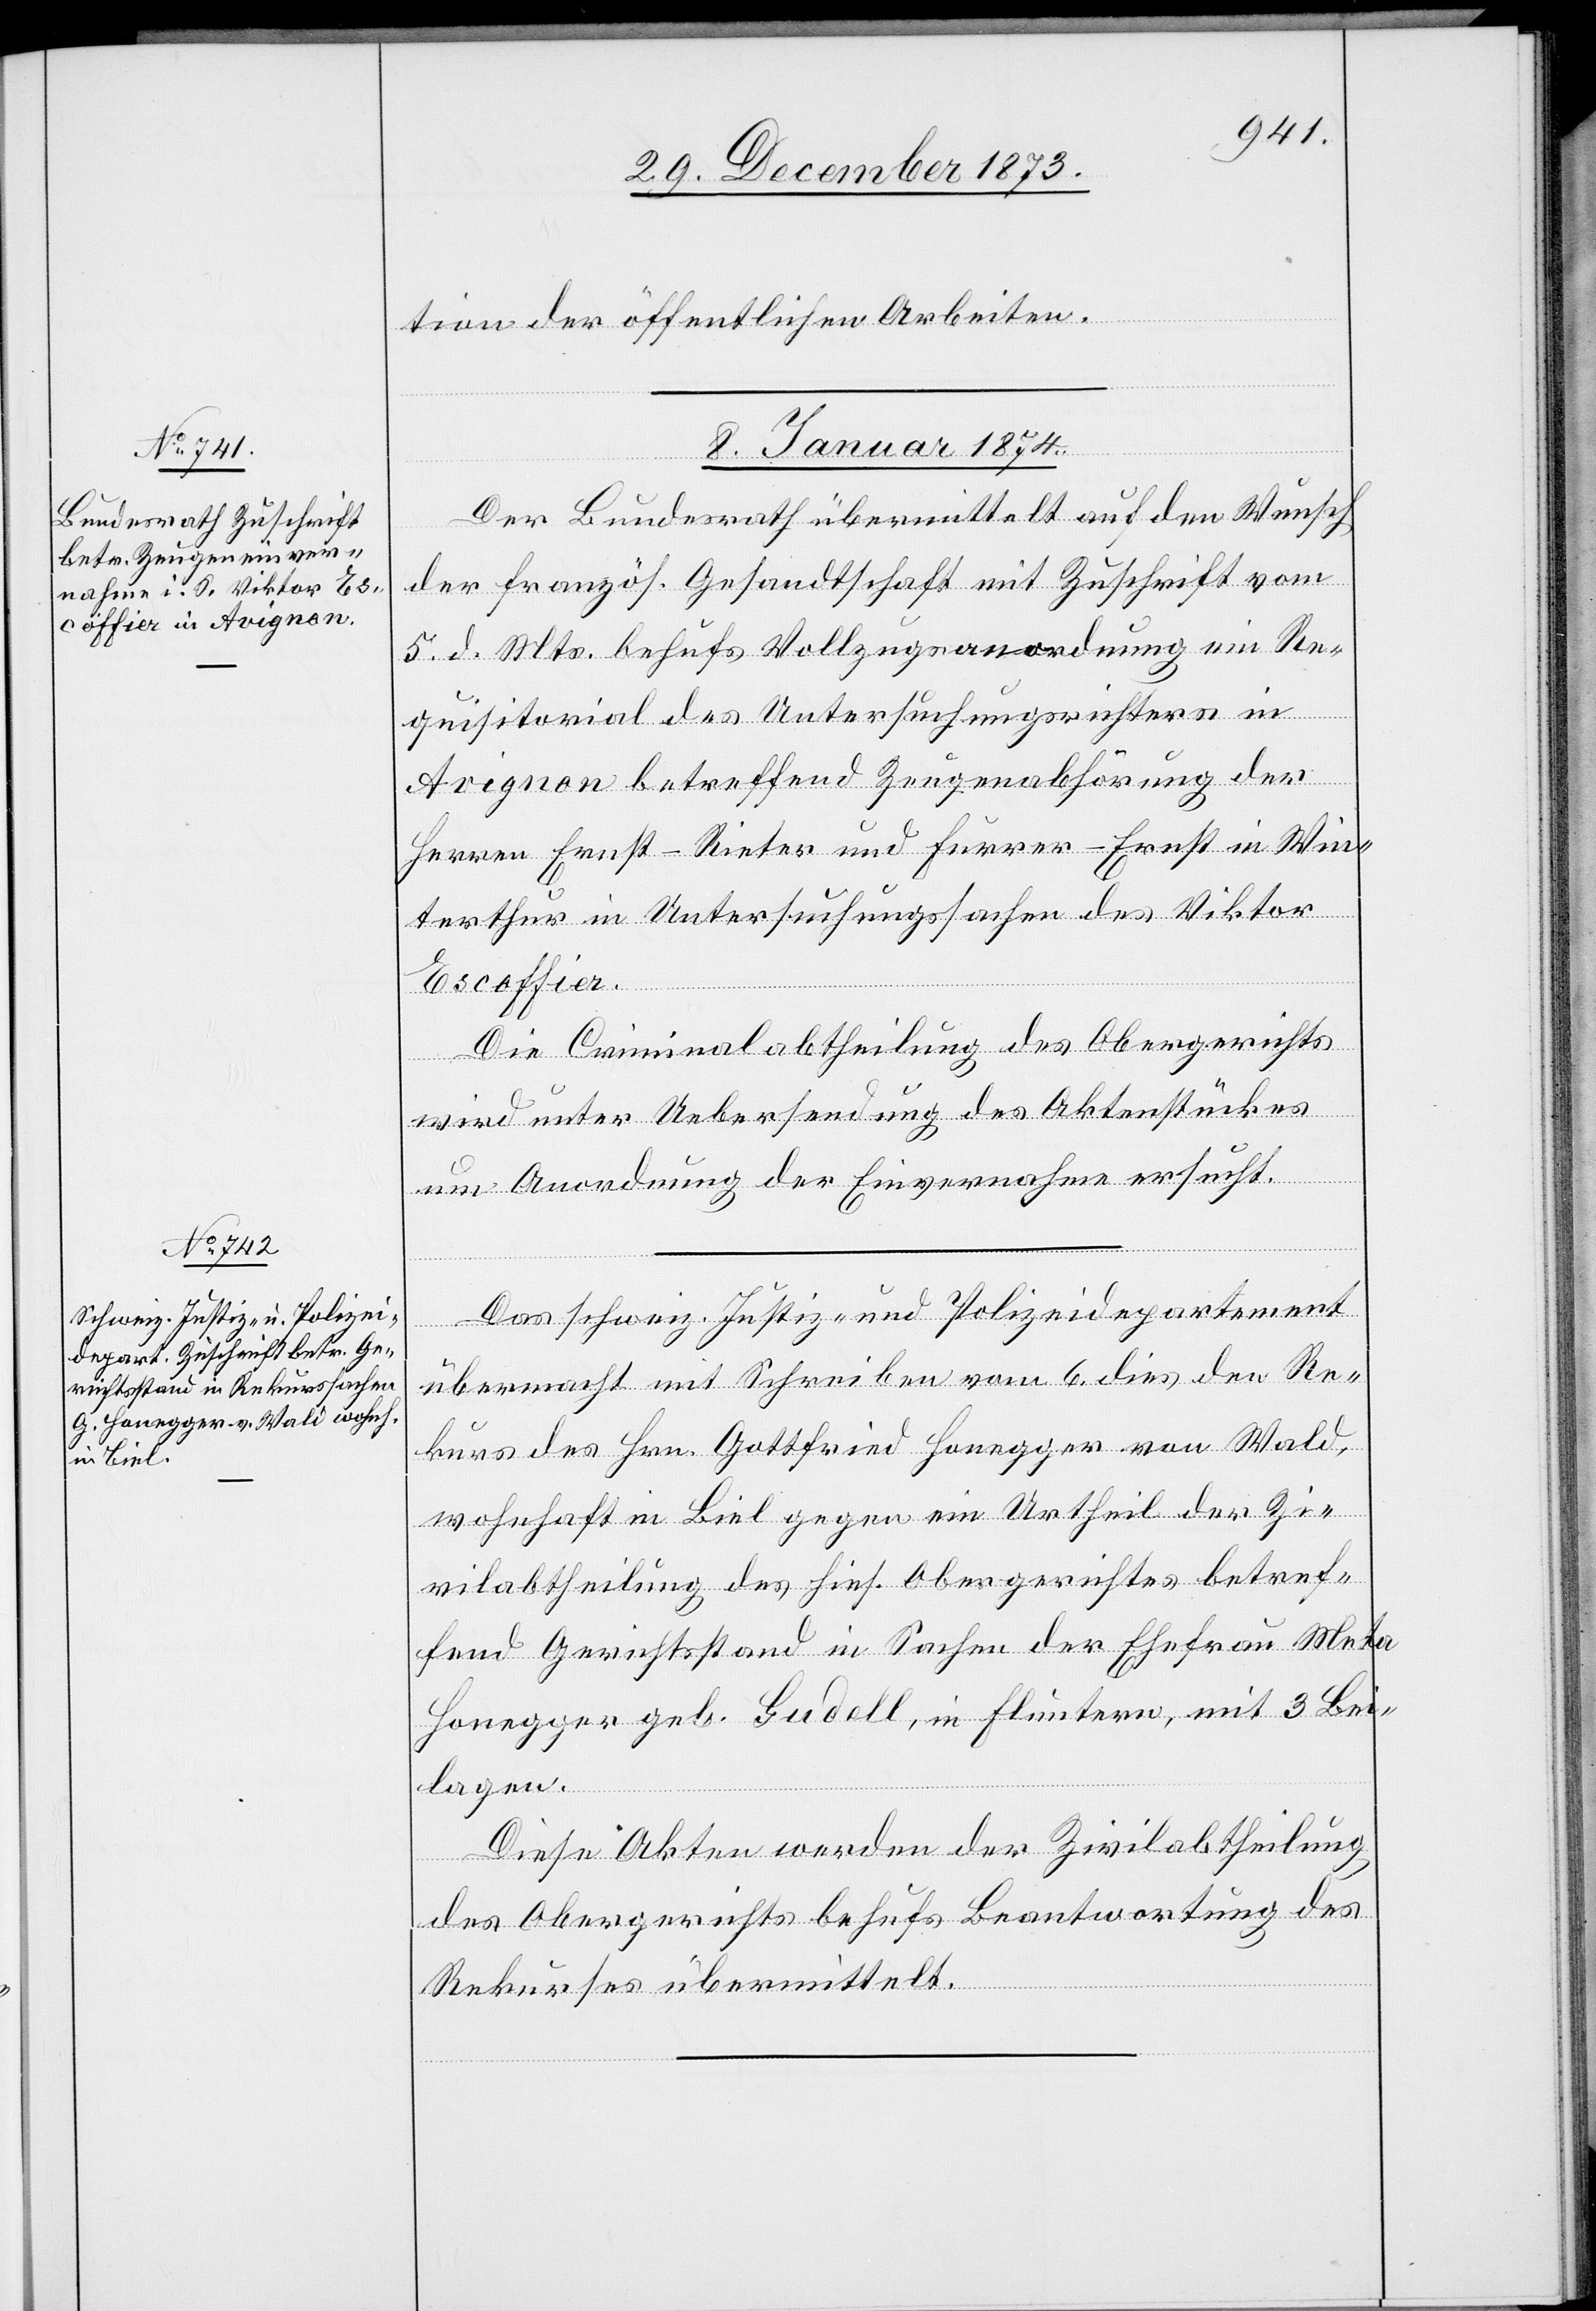
tion der öffentlichen Arbeiten.
8. Januar 1874.]
Der Bundesrath übermittelt auf den Wunsch
der französ. Gesandtschaft mit Zuschrift vom
5. d. Mts. behufs Vollzugsanordnung ein Re¬
quisitorial des Untersuchungsrichters in
Avignon betreffend Zeugenabhörung der
Herren Ernst-Rieter und Furrer-Ernst in Win¬
terthur in Untersuchungssachen des Viktor
Escoffier.
Die Criminalabtheilung des Obergerichts
wird unter Uebersendung des Aktenstückes
um Anordnung der Einvernahme ersucht.
Das schweiz. Justiz- und Polizeidepartement
übermacht mit Schreiben vom 6. dies den Re¬
kurs des Hrn. Gottfried Honegger von Wald,
wohnhaft in Biel gegen ein Urtheil der Zi¬
vilabtheilung des hies. Obergerichtes betref¬
fend Gerichtsstand in Sachen der Ehefrau Meta
Honegger geb. Gudell, in Fluntern, mit 3 Bei¬
lagen.
Diese Akten werden der Zivilabtheilung
des Obergerichts behufs Beantwortung des
Rekurses übermittelt.